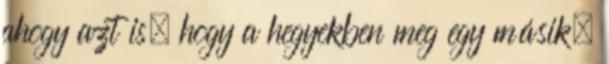
ahogy azt is, hogy a hegyekben meg egy másik.